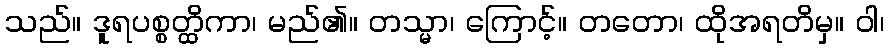
သည်။ ဒူရပစ္စတ္ထိကာ၊ မည်၏။ တသ္မာ၊ ကြောင့်။ တတော၊ ထိုအရတိမှ။ ဝါ၊